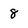
Character: 8